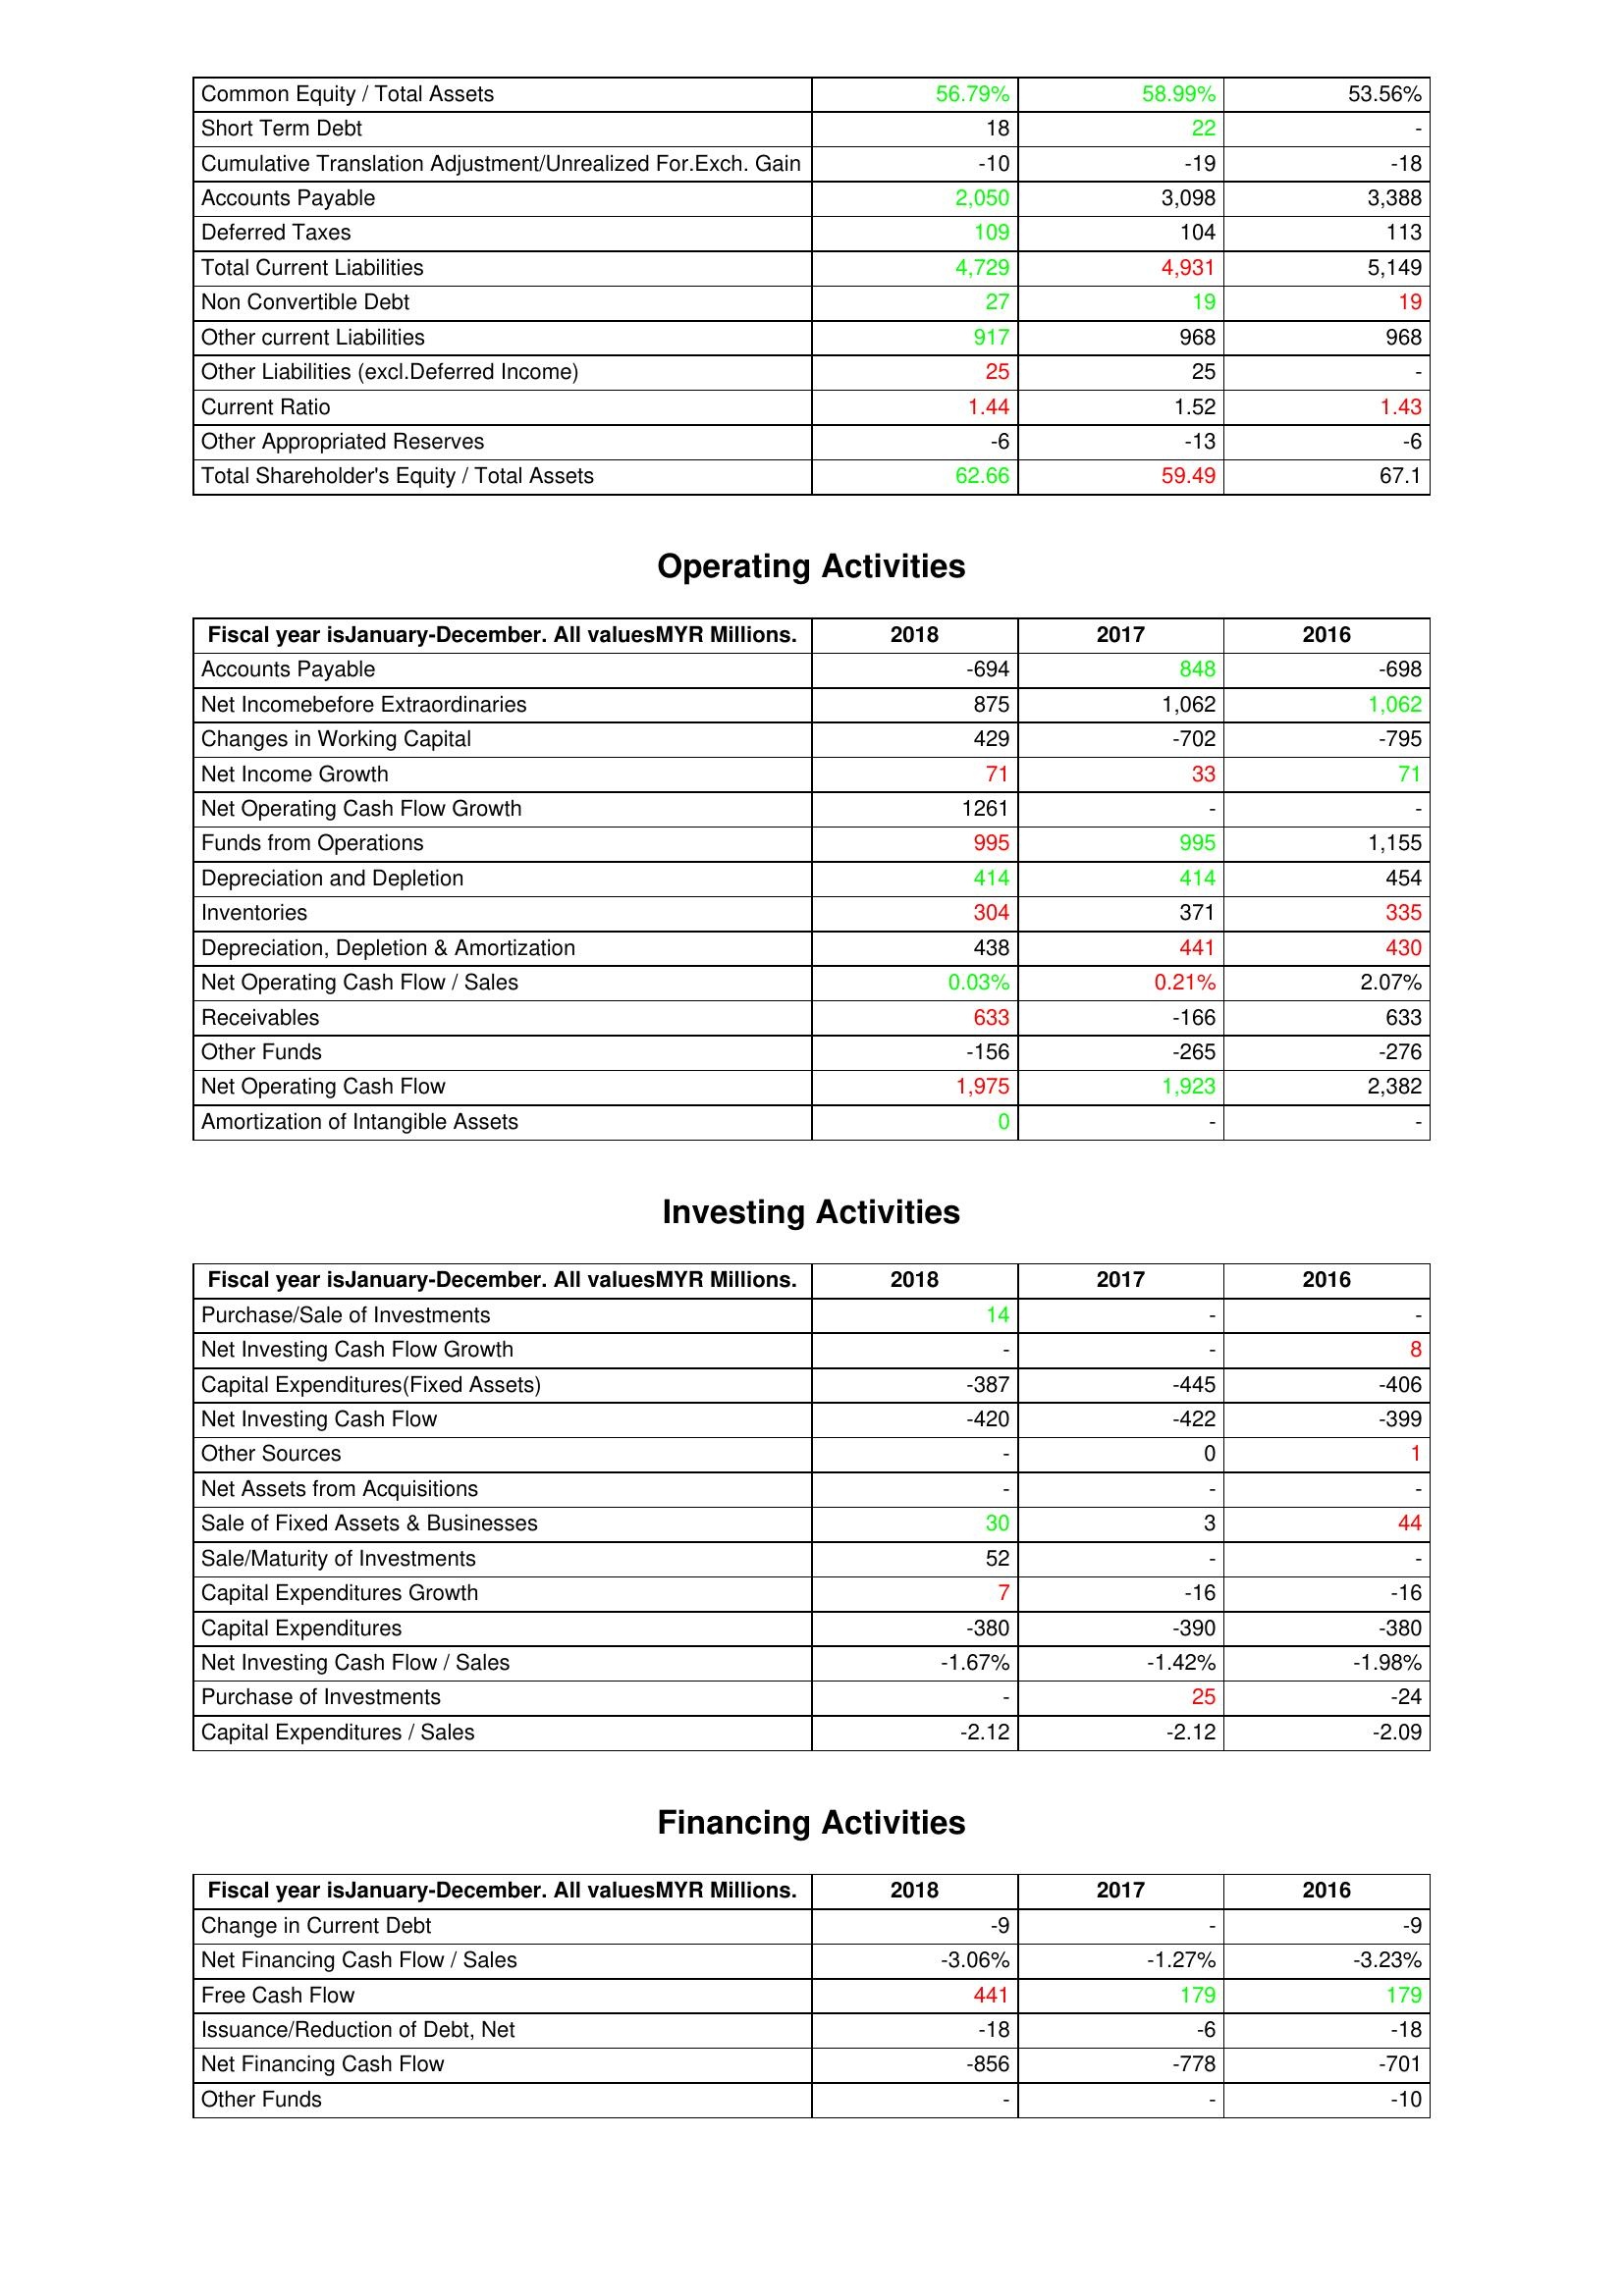
gt_parse: 2018: Liabilities & Shareholder's Equity: Common Equity / Total Assets: 56.79%
Short Term Debt: 18
Cumulative Translation Adjustment/Unrealized For.Exch. Gain: -10
Accounts Payable: 2,050
Deferred Taxes: 109
Total Current Liabilities: 4,729
Non Convertible Debt: 27
Other current Liabilities: 917
Other Liabilities (excl.Deferred Income): 25
Current Ratio: 1.44
Other Appropriated Reserves: -6
Total Shareholder's Equity / Total Assets: 62.66
Operating Activities: Accounts Payable: -694
Net Incomebefore Extraordinaries: 875
Changes in Working Capital: 429
Net Income Growth: 71
Net Operating Cash Flow Growth: 1261
Funds from Operations: 995
Depreciation and Depletion: 414
Inventories: 304
Depreciation, Depletion & Amortization: 438
Net Operating Cash Flow / Sales: 0.03%
Receivables: 633
Other Funds: -156
Net Operating Cash Flow: 1,975
Amortization of Intangible Assets: 0
Investing Activities: Purchase/Sale of Investments: 14
Net Investing Cash Flow Growth: -
Capital Expenditures(Fixed Assets): -387
Net Investing Cash Flow: -420
Other Sources: -
Net Assets from Acquisitions: -
Sale of Fixed Assets & Businesses: 30
Sale/Maturity of Investments: 52
Capital Expenditures Growth: 7
Capital Expenditures: -380
Net Investing Cash Flow / Sales: -1.67%
Purchase of Investments: -
Capital Expenditures / Sales: -2.12
Financing Activities: Change in Current Debt: -9
Net Financing Cash Flow / Sales: -3.06%
Free Cash Flow: 441
Issuance/Reduction of Debt, Net: -18
Net Financing Cash Flow: -856
Other Funds: -
2017: Liabilities & Shareholder's Equity: Common Equity / Total Assets: 58.99%
Short Term Debt: 22
Cumulative Translation Adjustment/Unrealized For.Exch. Gain: -19
Accounts Payable: 3,098
Deferred Taxes: 104
Total Current Liabilities: 4,931
Non Convertible Debt: 19
Other current Liabilities: 968
Other Liabilities (excl.Deferred Income): 25
Current Ratio: 1.52
Other Appropriated Reserves: -13
Total Shareholder's Equity / Total Assets: 59.49
Operating Activities: Accounts Payable: 848
Net Incomebefore Extraordinaries: 1,062
Changes in Working Capital: -702
Net Income Growth: 33
Net Operating Cash Flow Growth: -
Funds from Operations: 995
Depreciation and Depletion: 414
Inventories: 371
Depreciation, Depletion & Amortization: 441
Net Operating Cash Flow / Sales: 0.21%
Receivables: -166
Other Funds: -265
Net Operating Cash Flow: 1,923
Amortization of Intangible Assets: -
Investing Activities: Purchase/Sale of Investments: -
Net Investing Cash Flow Growth: -
Capital Expenditures(Fixed Assets): -445
Net Investing Cash Flow: -422
Other Sources: 0
Net Assets from Acquisitions: -
Sale of Fixed Assets & Businesses: 3
Sale/Maturity of Investments: -
Capital Expenditures Growth: -16
Capital Expenditures: -390
Net Investing Cash Flow / Sales: -1.42%
Purchase of Investments: 25
Capital Expenditures / Sales: -2.12
Financing Activities: Change in Current Debt: -
Net Financing Cash Flow / Sales: -1.27%
Free Cash Flow: 179
Issuance/Reduction of Debt, Net: -6
Net Financing Cash Flow: -778
Other Funds: -
2016: Liabilities & Shareholder's Equity: Common Equity / Total Assets: 53.56%
Short Term Debt: -
Cumulative Translation Adjustment/Unrealized For.Exch. Gain: -18
Accounts Payable: 3,388
Deferred Taxes: 113
Total Current Liabilities: 5,149
Non Convertible Debt: 19
Other current Liabilities: 968
Other Liabilities (excl.Deferred Income): -
Current Ratio: 1.43
Other Appropriated Reserves: -6
Total Shareholder's Equity / Total Assets: 67.1
Operating Activities: Accounts Payable: -698
Net Incomebefore Extraordinaries: 1,062
Changes in Working Capital: -795
Net Income Growth: 71
Net Operating Cash Flow Growth: -
Funds from Operations: 1,155
Depreciation and Depletion: 454
Inventories: 335
Depreciation, Depletion & Amortization: 430
Net Operating Cash Flow / Sales: 2.07%
Receivables: 633
Other Funds: -276
Net Operating Cash Flow: 2,382
Amortization of Intangible Assets: -
Investing Activities: Purchase/Sale of Investments: -
Net Investing Cash Flow Growth: 8
Capital Expenditures(Fixed Assets): -406
Net Investing Cash Flow: -399
Other Sources: 1
Net Assets from Acquisitions: -
Sale of Fixed Assets & Businesses: 44
Sale/Maturity of Investments: -
Capital Expenditures Growth: -16
Capital Expenditures: -380
Net Investing Cash Flow / Sales: -1.98%
Purchase of Investments: -24
Capital Expenditures / Sales: -2.09
Financing Activities: Change in Current Debt: -9
Net Financing Cash Flow / Sales: -3.23%
Free Cash Flow: 179
Issuance/Reduction of Debt, Net: -18
Net Financing Cash Flow: -701
Other Funds: -10